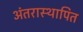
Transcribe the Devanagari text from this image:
अंतरास्थापित